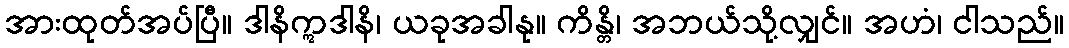
အားထုတ်အပ်ပြီ။ ဒါနိဣဒါနိ၊ ယခုအခါနု။ ကိန္တိ၊ အဘယ်သို့လျှင်။ အဟံ၊ ငါသည်။